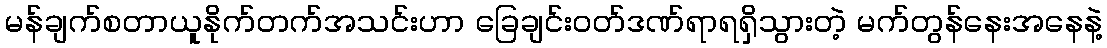
မန်ချက်စတာယူနိုက်တက်အသင်းဟာ ခြေချင်းဝတ်ဒဏ်ရာရရှိသွားတဲ့ မက်တွန်နေးအနေနဲ့